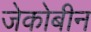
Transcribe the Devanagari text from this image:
जेकोबीन